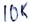
Text: 10K